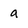
Character: a